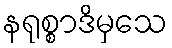
နရုစ္စာဒိမှသေ